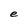
Character: e